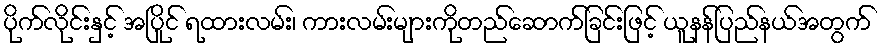
ပိုက်လိုင်းနှင့် အပြိုင် ရထားလမ်း၊ ကားလမ်းများကိုတည်ဆောက်ခြင်းဖြင့် ယူနန်ပြည်နယ်အတွက်